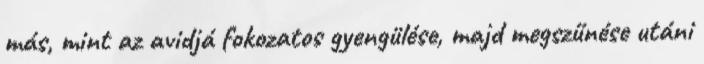
más, mint az avidjá fokozatos gyengülése, majd megszűnése utáni